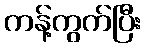
ကန့်ကွက်ပြီး